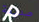
صديقة